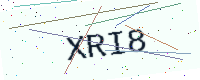
Text: XRI8